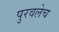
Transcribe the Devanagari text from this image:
पुरवलेच